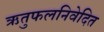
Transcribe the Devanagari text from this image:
ऋतुफलनिवेदित